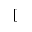
[